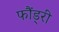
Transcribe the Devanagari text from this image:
फौंड्री